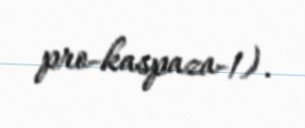
pro-kaspaza-1).